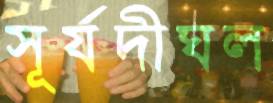
সূর্যদীঘল